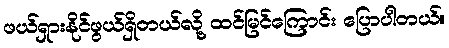
ဖယ်ရှားနိုင်ဖွယ်ရှိတယ်လို့ ထင်မြင်ကြောင်း ပြောပါတယ်။